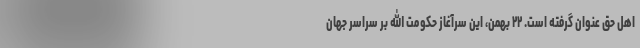
اهل حق عنوان گرفته است. ۲۲ بهمن، این سرآغاز حکومت الله بر سراسر جهان